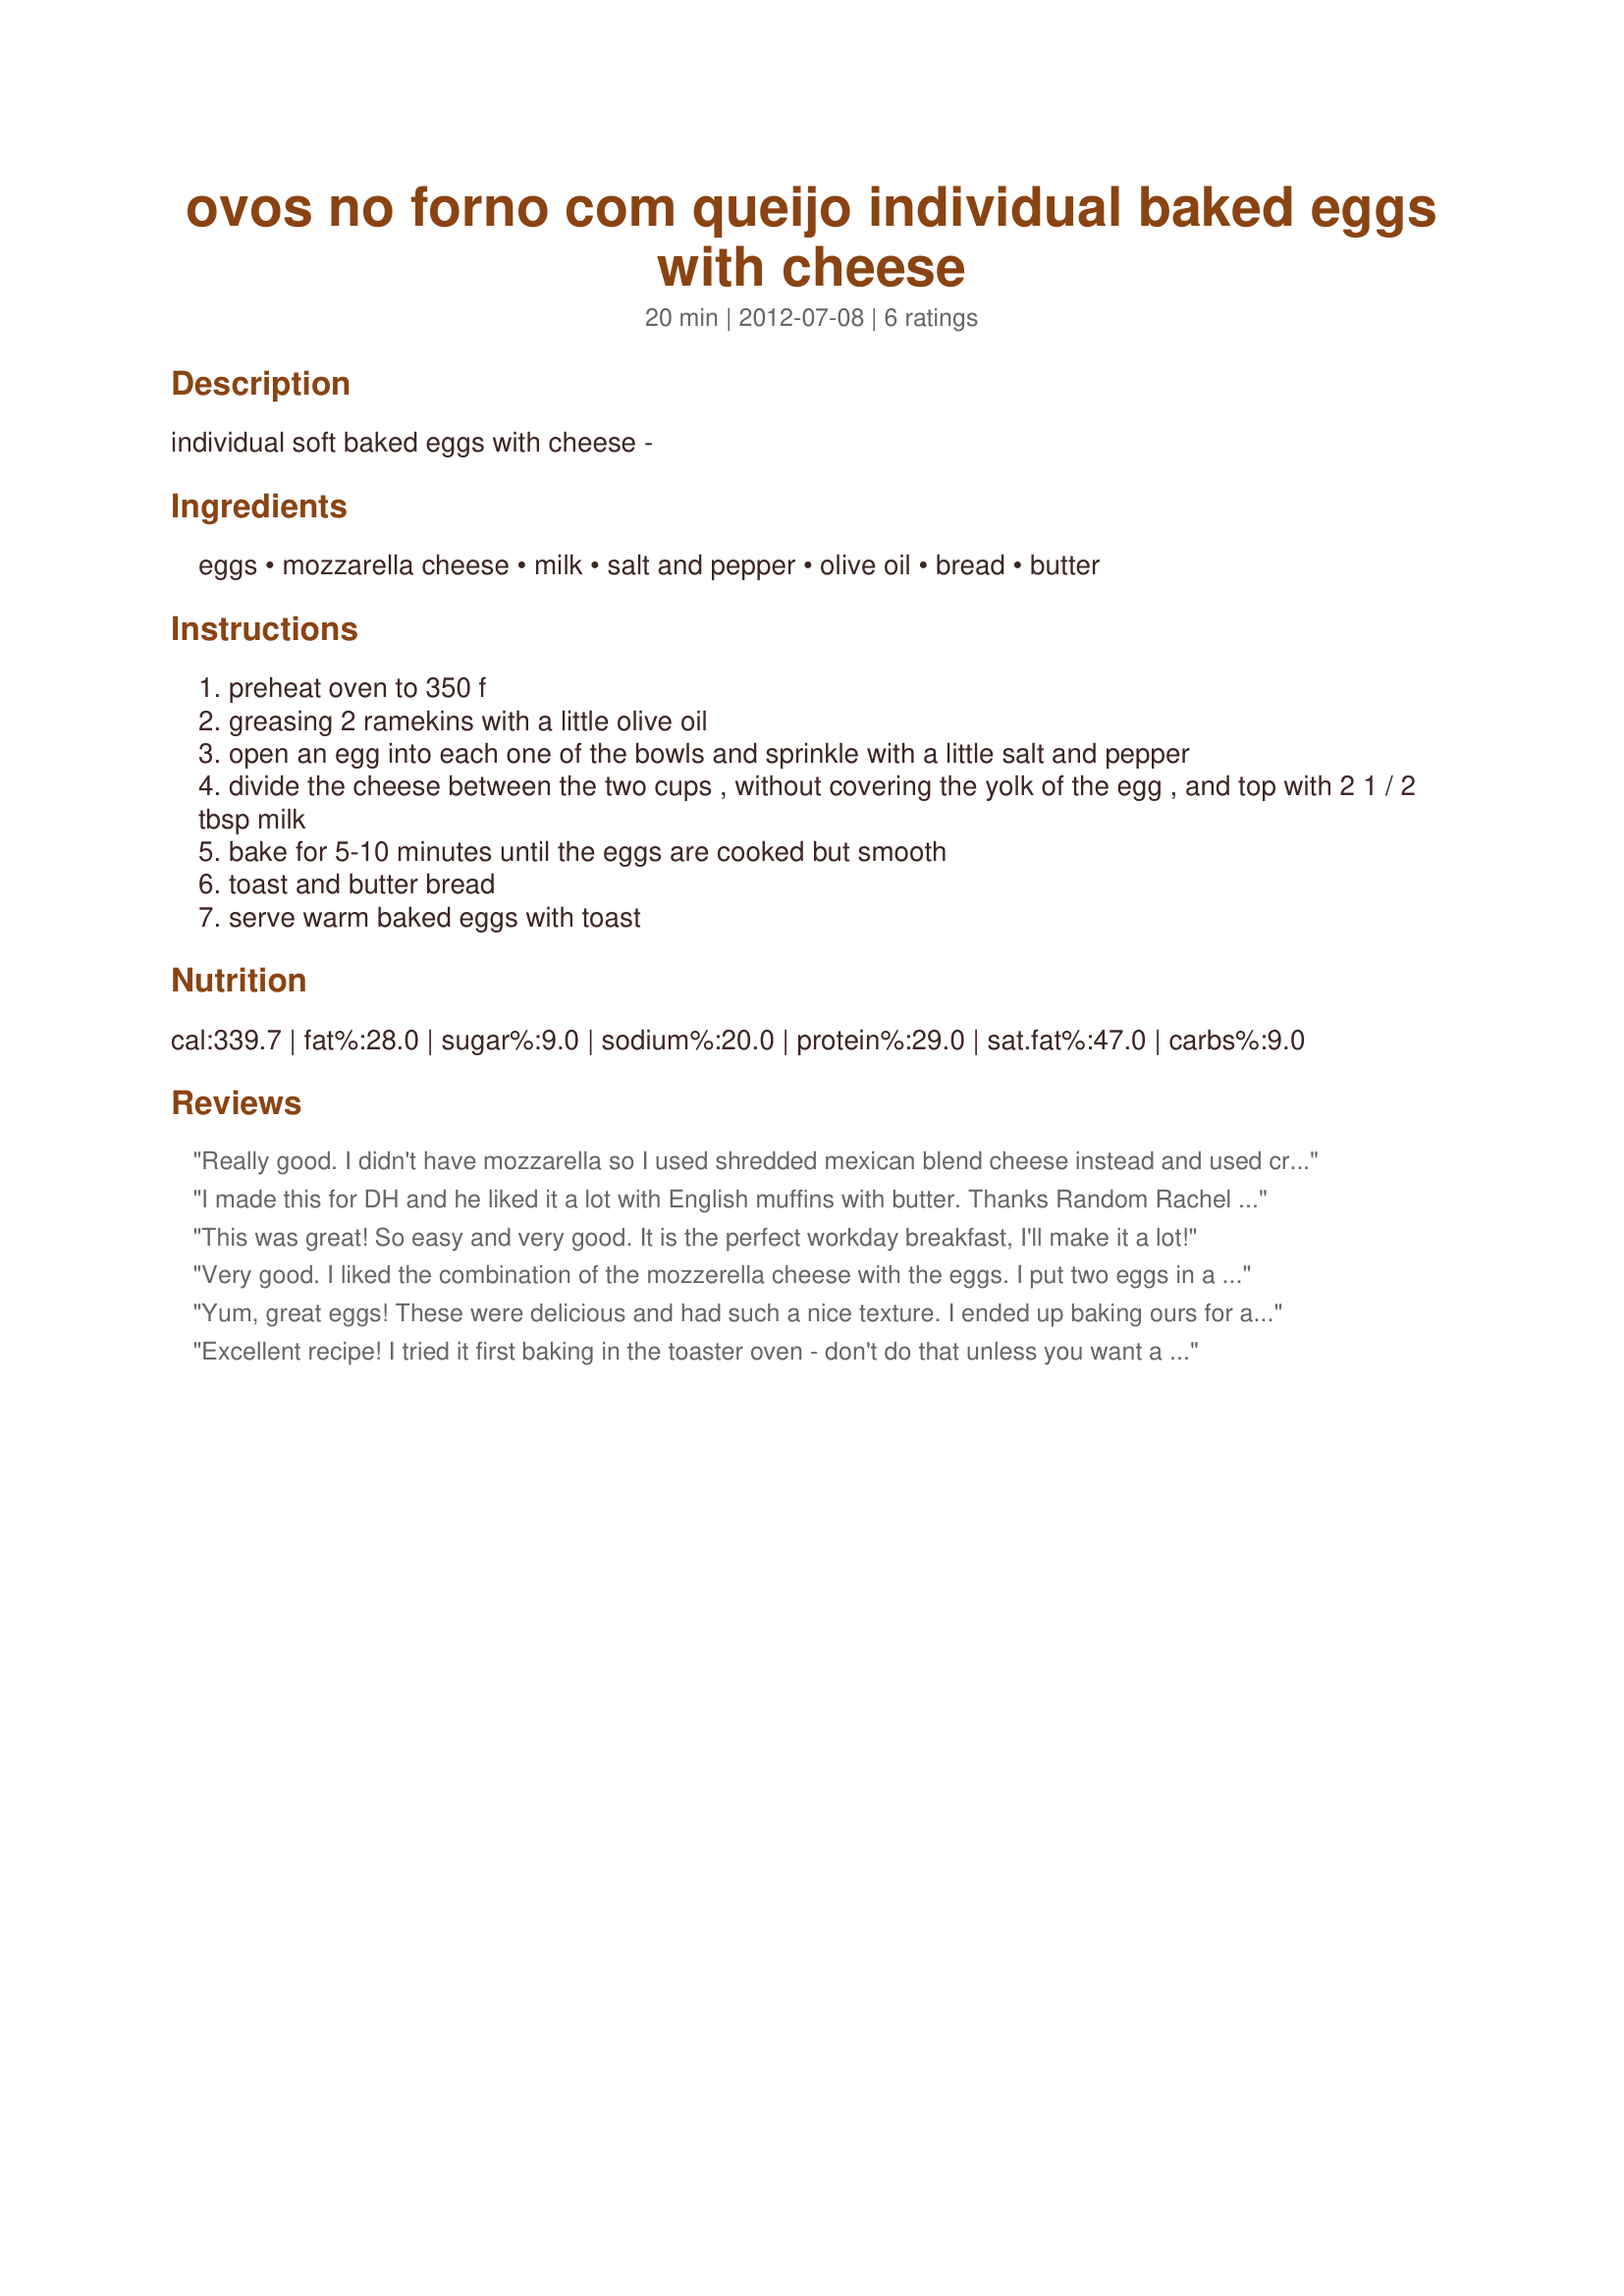
ovos no forno com queijo individual baked eggs with cheese
Preparation time: 20 minutes

individual soft baked eggs with cheese -

Ingredients:
eggs, mozzarella cheese, milk, salt and pepper, olive oil, bread, butter

Steps:
preheat oven to 350 f
greasing 2 ramekins with a little olive oil
open an egg into each one of the bowls and sprinkle with a little salt and pepper
divide the cheese between the two cups , without covering the yolk of the egg , and top with 2 1 / 2 tbsp milk
bake for 5-10 minutes until the eggs are cooked but smooth
toast and butter bread
serve warm baked eggs with toast

Reviews:
Really good. I didn't have mozzarella so I used shredded mexican blend cheese instead and used cream in place of milk, and oh my it was delicious! Will make again, hubby even commented that it was better than his favorite fried eggs. Thanks! Made for ZWT8.
I made this for DH and he liked it a lot with English muffins with butter. Thanks Random Rachel :) Made for ZWT8 for Diners, Winers and Chives
This was great! So easy and very good. It is the perfect workday breakfast, I'll make it a lot!
Very good. I liked the combination of the mozzerella cheese with the eggs. I put two eggs in a small ovenproof soup bowl and continued as directed. It took about 15 minutes to cook, but was worth the wait. A nice breakfast along with an english muffin for scooping the runny yolk. Made for ZWT8
Yum, great eggs! These were delicious and had such a nice texture. I ended up baking ours for about 13 minutes. Thanks for sharing! ZWT8
Excellent recipe! I tried it first baking in the toaster oven - don't do that unless you want a 30 minute meal so I tried it again in the oven...perfectly baked in 12 minutes! My husband and son devoured these eggs which I served with English muffins. I love how this recipe is easily adapted to how many people you are serving without having to do breakfast in cycles. I know I'll be making these more often. Made during ZWT8 tour.
